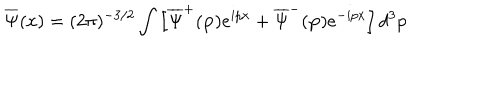
LaTeX: \overline { { { \Psi } } } ( x ) = ( 2 \pi ) ^ { - 3 / 2 } \int \left[ \overline { { { \Psi } } } ^ { + } ( \mathbf { p } ) e ^ { i p x } + \overline { { { \Psi } } } ^ { - } ( \mathbf { p } ) e ^ { - i p x } \right] d ^ { 3 } p